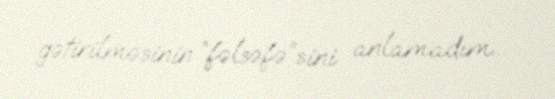
gətirilməsinin “fəlsəfə”sini anlamadım...